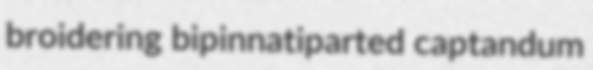
broidering bipinnatiparted captandum